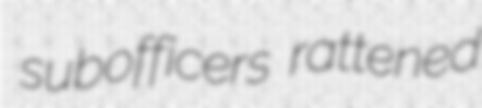
subofficers rattened